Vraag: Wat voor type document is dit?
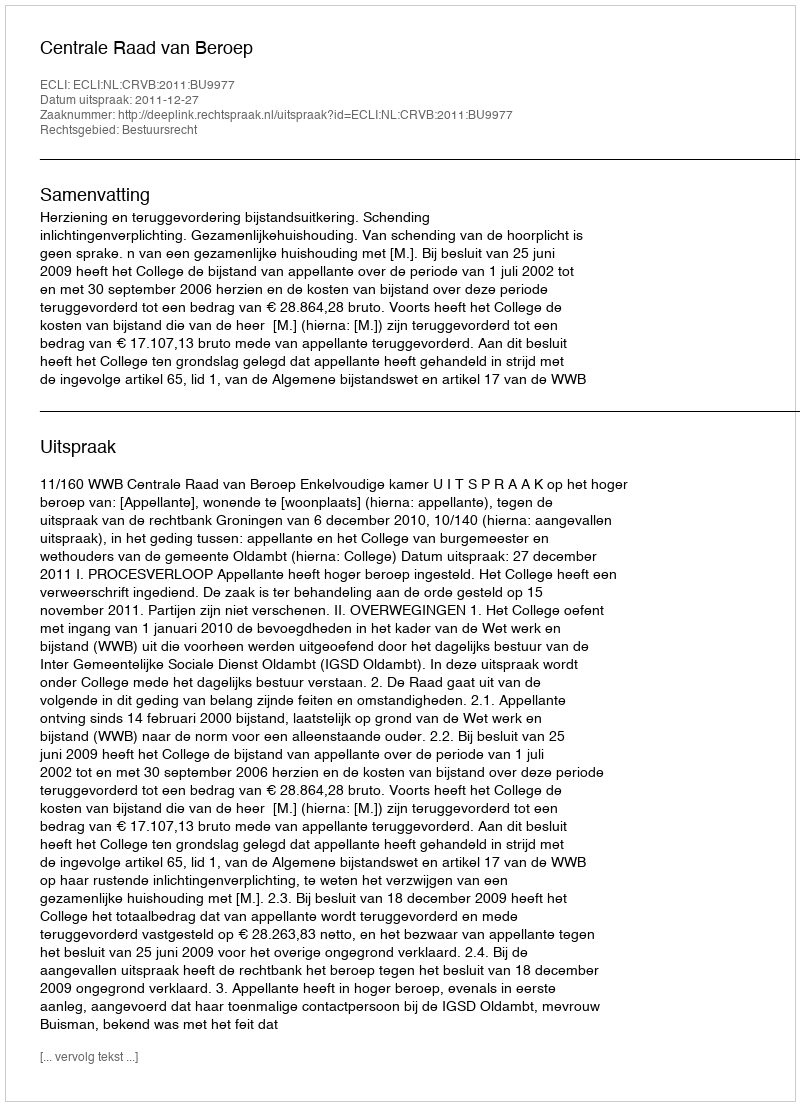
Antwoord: Uitspraak